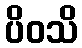
ပိဝသိ